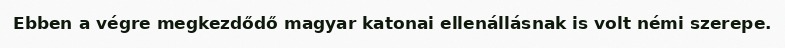
Ebben a végre megkezdődő magyar katonai ellenállásnak is volt némi szerepe.